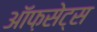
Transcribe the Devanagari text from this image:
ऑफ़सेट्स